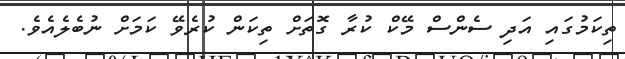
ތިކަމުގައި އަދި ސެންސް މޭކް ކުރާ ގޮތަށް ތިކަން ކުރެވޭ ކަމަށް ނުބެލެއެވެ.